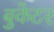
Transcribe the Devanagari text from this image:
बुकेटर